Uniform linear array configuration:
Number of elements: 48
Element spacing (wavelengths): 0.5
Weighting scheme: hann
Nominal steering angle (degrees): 30
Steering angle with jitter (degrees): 29.467
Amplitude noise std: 0.05
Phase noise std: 0.05

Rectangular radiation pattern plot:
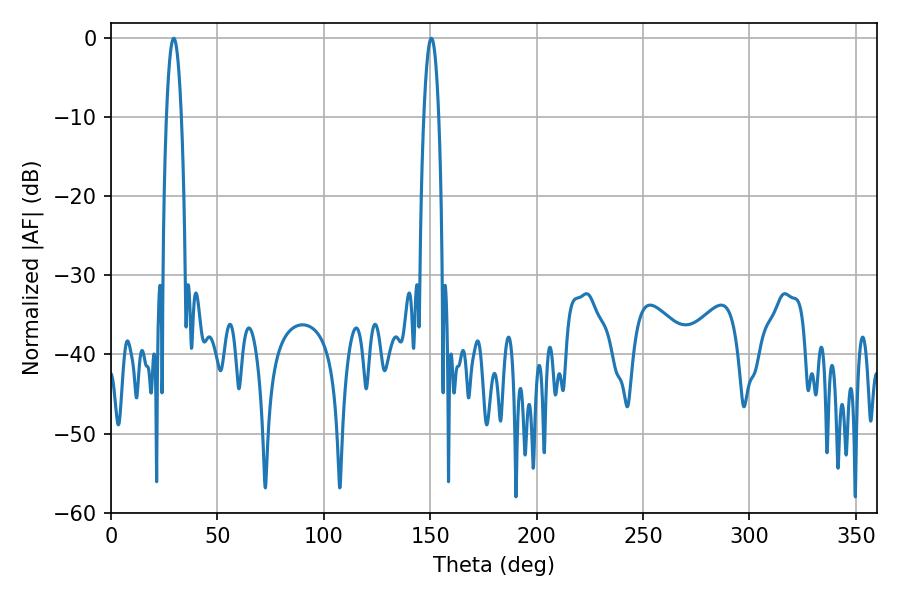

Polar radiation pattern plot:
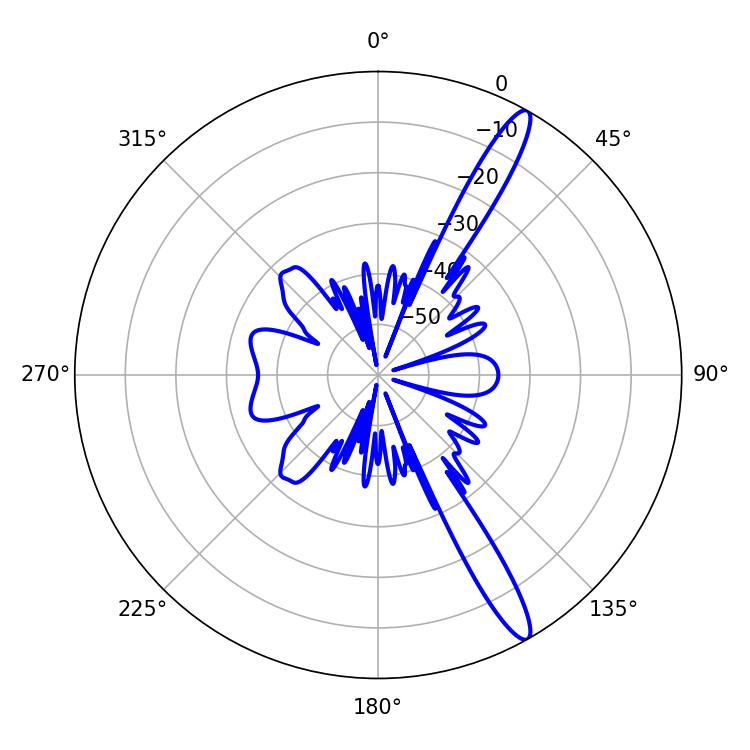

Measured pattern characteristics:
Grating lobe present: FALSE
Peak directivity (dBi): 14.433
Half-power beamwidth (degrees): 3.96
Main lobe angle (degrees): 29.52